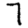
Digit: 7